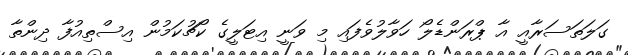
ގަލަތަސަރާއީ އާ ޕްރަންޑެލޯ ހަވާލުވެފައި މި ވަނީ އިޓަލީގެ ކޯޗުކަމުން އިސްތިއުފާ ދިންތާ